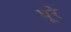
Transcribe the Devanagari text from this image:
धूरे